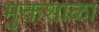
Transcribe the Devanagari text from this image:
मुक्तशाळा